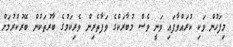
މިފަހުން ވަކި ކުރައްވާފައި ވަނީ ވެސް މުބާރަކްގެ ވަފާތެރިން ވެރިކަމުގެ ބާރުތަކުން ބޭރުކުރުމަށް